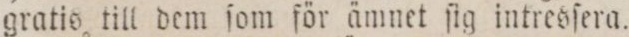
gratis till dem ſom för ämnet ſig intresſera.